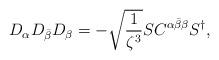
LaTeX: \begin{align*}D_{\alpha}D_{\bar{\beta}}D_{\beta} =-\sqrt{\frac{1}{\zeta^3}}SC^{ \alpha\bar{\beta}\beta}S^{\dagger},\end{align*}